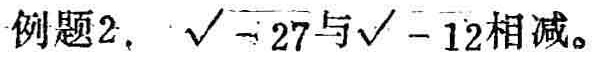
例题2. $\sqrt{-27}$与$\sqrt{-12}$相减。